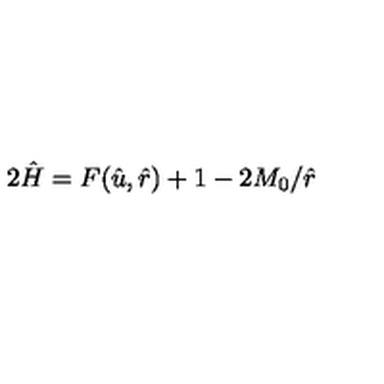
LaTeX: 2 \hat { H } = F ( \hat { u } , \hat { r } ) + 1 - 2 M _ { 0 } / \hat { r }